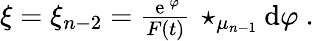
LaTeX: \begin{array}{r}{\xi=\xi_{n-2}=\frac{{\, \mathrm e}\, ^{\varphi}}{F(t)}\, \star_{\mu_{n-1}}\mathrm{d}\varphi\ .}\end{array}